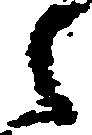
之